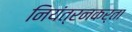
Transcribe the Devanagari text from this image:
नियंत्रनकर्ता